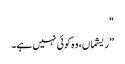
“
”ریشماں، وہ کوئی نہیں ہے۔